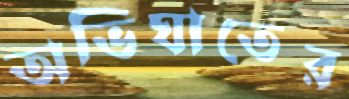
অভিঘাতের